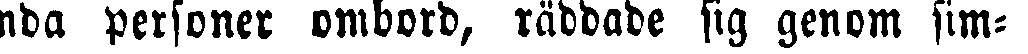
enda personer ombord, räddade sig genom sim-